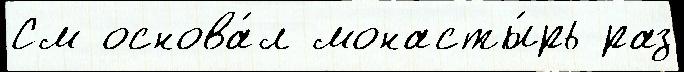
См основа́л монасты́рь раз